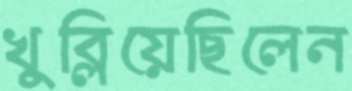
খুব্‌লিয়েছিলেন